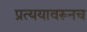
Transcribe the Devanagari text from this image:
प्रत्ययावरूनच